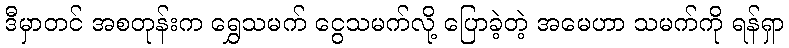
ဒီမှာတင် အစတုန်းက ရွှေသမက် ငွေသမက်လို့ ပြောခဲ့တဲ့ အမေဟာ သမက်ကို ရန်ရှာ